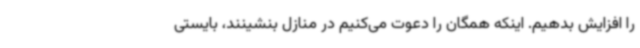
را افزایش بدهیم. اینکه همگان را دعوت می‌کنیم در منازل بنشینند، بایستی